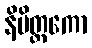
နိမိတ္တကော